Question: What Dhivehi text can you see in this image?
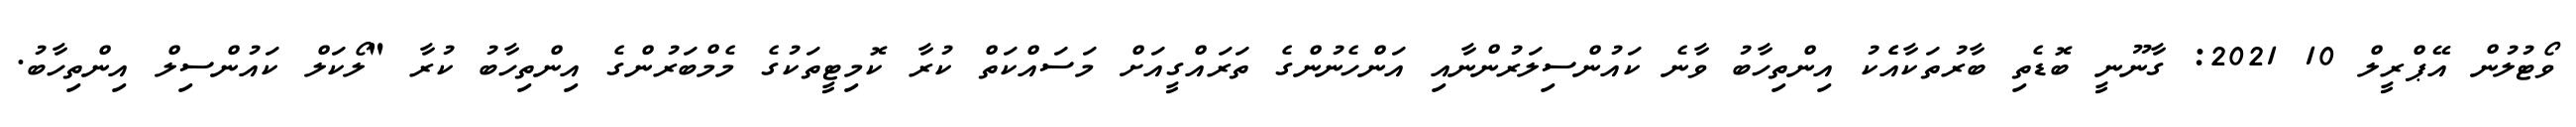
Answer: ވޯޓުލުން އޭޕްރީލް 10 2021: ގާނޫނީ ބޮޑެތި ބާރުތަކާއެެކު އިންތިހާބު ވާނެ ކައުންސިލަރުންނާއި އަންހެނުންގެ ތަރައްގީއަށް މަސައްކަތް ކުރާ ކޮމިޓީތަކުގެ މެމްބަރުންގެ އިންތިހާބު ކުރާ "ލޯކަލް ކައުންސިލް އިންތިހާބު.